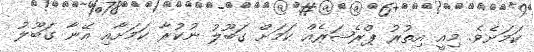
ކަމަށެވެ. މިއީ އިތުރު ޕްރެޝަރެއް ކަމަށް ގަބޫލު ނުކުރާ ކަމަށާއި އޭނާ ގަބޫލު